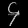
Digit: ၄